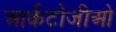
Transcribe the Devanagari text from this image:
आर्कटोजीओ